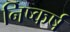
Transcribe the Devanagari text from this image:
निष्कर्ष